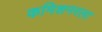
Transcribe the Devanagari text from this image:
कमिशनरला